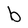
Character: b